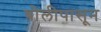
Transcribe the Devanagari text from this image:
बोलीपासून